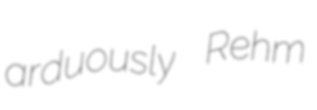
arduously Rehm